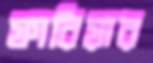
ফারিয়ার